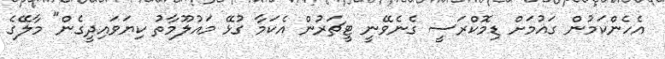
އެހެންކަމުން ގައުމަށް ޑިމޮކްރަސީ ގެނެވޭނީ ޓީޗަރުން އެކަމާ ގުޅޭ މައުލޫމާތު ކިޔަވައިދީގެން" މާލޭގެ